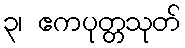
၃၊ ဧကပုတ္တသုတ်